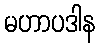
မဟာပဒါန